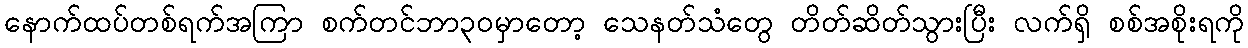
နောက်ထပ်တစ်ရက်အကြာ စက်တင်ဘာ၃၀မှာတော့ သေနတ်သံတွေ တိတ်ဆိတ်သွားပြီး လက်ရှိ စစ်အစိုးရကို